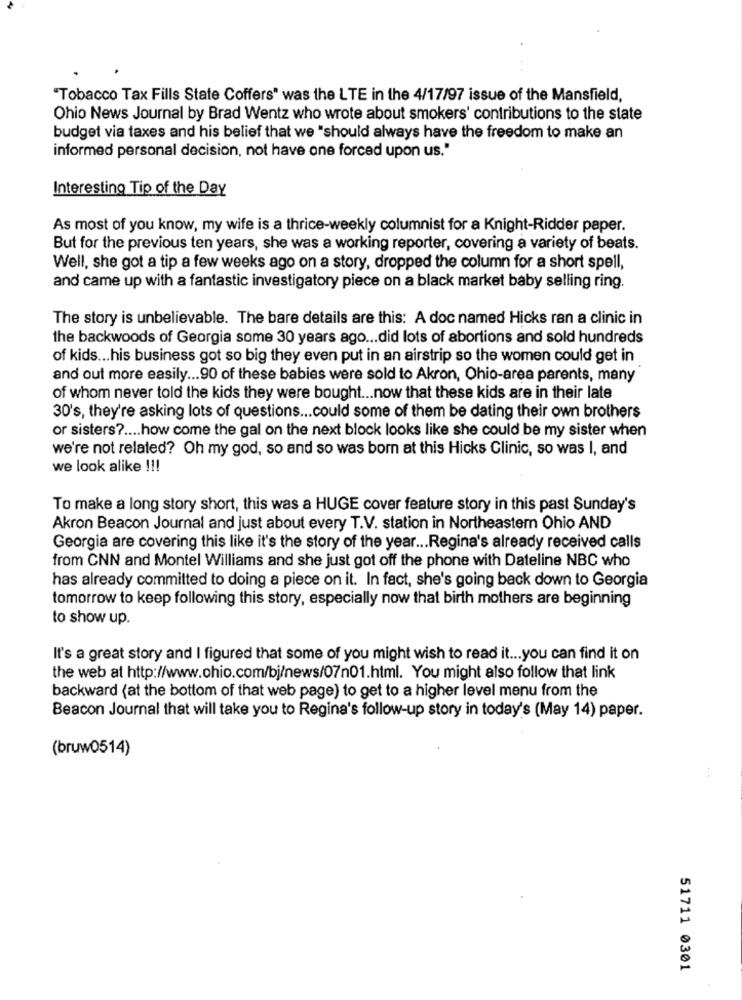
"Tobacco Tax Fills State Coffers" was the LTE in the 4/17/97 issue of the Mansfield,
Ohio News Journal by Brad Wentz who wrote about smokers' contributions to the state
budget via taxes and his belief that we "should always have the freedom to make an
informed personal decision, not have one forced upon us."
Interesting Tip of the Day
As most of you know, my wife is a thrice-weekly columnist for a Knight-Ridder paper.
But for the previous ten years, she was a working reporter, covering a variety of beats.
Well, she got a tip a few weeks ago on a story, dropped the column for a short spell,
and came up with a fantastic investigatory piece on a black market baby selling ring.
The story is unbelievable. The bare details are this: A doc named Hicks ran a clinic in
the backwoods of Georgia some 30 years ago ... did lots of abortions and sold hundreds
of kids ... his business got so big they even put in an airstrip so the women could get in
and out more easily ... 90 of these babies were sold to Akron, Ohio-area parents, many
of whom never told the kids they were bought ... now that these kids are in their late
30's, they're asking lots of questions ... could some of them be dating their own brothers
or sisters ?.... how come the gal on the next block looks like she could be my sister when
we're not related? Oh my god, so and so was born at this Hicks Clinic, so was I, and
we look alike !!!
To make a long story short, this was a HUGE cover feature story in this past Sunday's
Akron Beacon Journal and just about every T.V. station in Northeastern Ohio AND
Georgia are covering this like it's the story of the year ... Regina's already received calls
from CNN and Montel Williams and she just got off the phone with Dateline NBC who
has already committed to doing a piece on it. In fact, she's going back down to Georgia
tomorrow to keep following this story, especially now that birth mothers are beginning
to show up.
It's a great story and I figured that some of you might wish to read it ... you can find it on
the web at http://www.ohio.com/bj/news/07n01.html. You might also follow that link
backward (at the bottom of that web page) to get to a higher level menu from the
Beacon Journal that will take you to Regina's follow-up story in today's (May 14) paper.
(bruw0514)
51711 0301